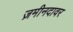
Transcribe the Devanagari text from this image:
ज़मीनदावर